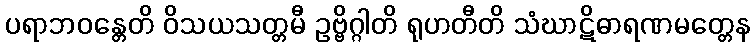
ပရာဘဝန္တေတိ ဝိသယသတ္တမီ ဥဗ္ဗိဂ္ဂါတိ ရုဟတီတိ သံဃာဋိဓာရဏမတ္တေန